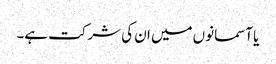
یا آسمانوں میں ان کی شرکت ہے۔